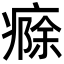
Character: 㾻